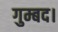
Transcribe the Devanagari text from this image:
गुम्बद।